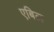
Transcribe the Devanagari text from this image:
एबिल